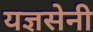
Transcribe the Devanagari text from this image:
यज्ञसेनी